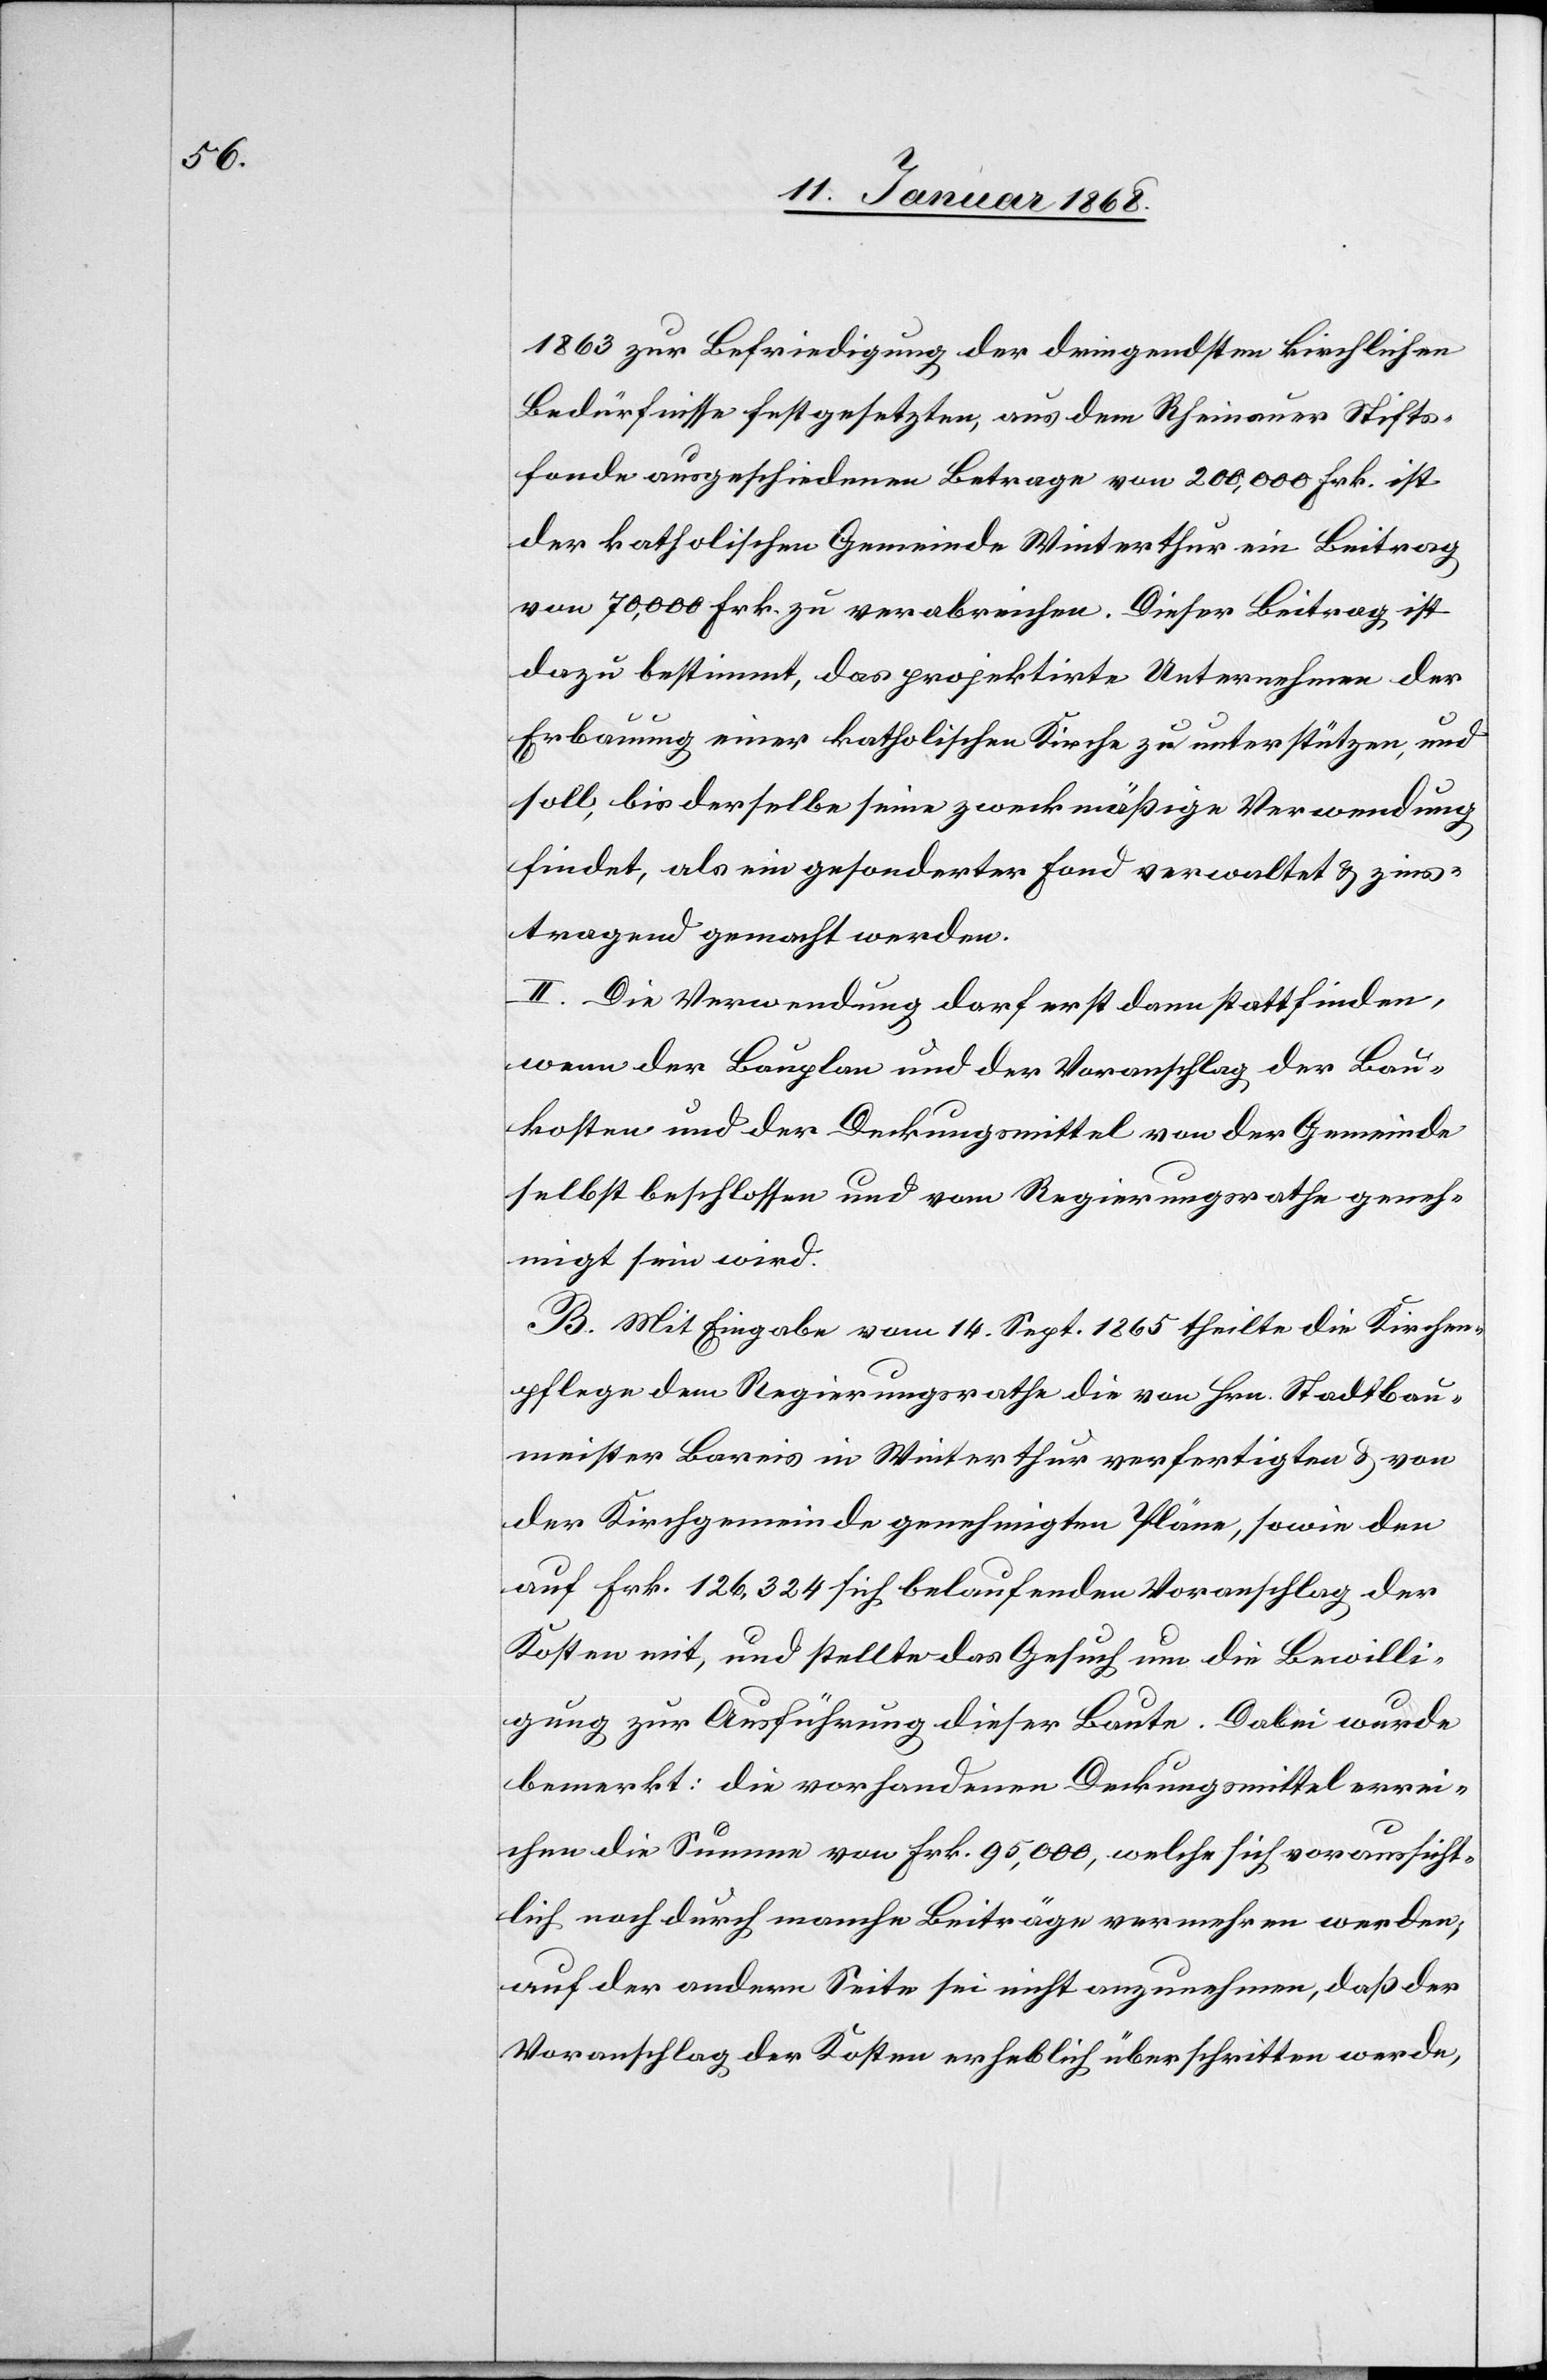
1863 zur Befriedigung der dringendsten kirchlichen
Bedürfnisse festgesetzten, aus dem Rheinauer Stifts¬
fonde ausgeschiedenen Betrage von 200,000 Frk. ist
der katholischen Gemeinde Winterthur ein Beitrag
von 70,000 Frk. zu verabreichen. Dieser Beitrag ist
dazu bestimmt, das projektirte Unternehmen der
Erbauung einer katholischen Kirche zu unterstützen, und
soll, bis derselbe seine zweckmäßige Verwendung
findet, als ein gesonderter Fond verwaltet & zins¬
tragend gemacht werden.
II. Die Verwendung darf erst dann stattfinden,
wenn der Bauplan und der Voranschlag der Bau¬
kosten und der Deckungsmittel von der Gemeinde
selbst beschlossen und vom Regierungsrathe geneh¬
migt sein wird.
B. Mit Eingabe vom 14. Sept. 1865 theilte die Kirchen¬
pflege dem Regierungsrathe die von Hrn. Stadtbau¬
meister Bareis in Winterthur verfertigten & von
der Kirchgemeinde genehmigten Pläne, sowie den
auf Frk. 126,324 sich belaufenden Voranschlag der
Kosten mit, und stellte das Gesuch um die Bewilli¬
gung zur Ausführung dieser Baute. Dabei wurde
bemerkt: die vorhandenen Deckungsmittel errei¬
chen die Summe von Frk. 95,000, welche sich voraussicht¬
lich noch durch manche Beiträge vermehren werden;
auf der andern Seite sei nicht anzunehmen, daß der
Voranschlag der Kosten erheblich überschritten werde,